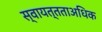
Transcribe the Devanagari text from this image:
स्वायत्तताअधिक